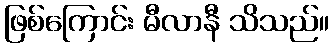
ဖြစ်ကြောင်း မီလာနီ သိသည်။